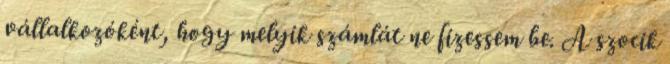
vállalkozóként, hogy melyik számlát ne fizessem be. A szocik